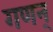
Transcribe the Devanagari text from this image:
गणन्